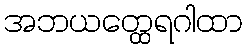
အဘယတ္ထေရဂါထာ